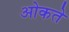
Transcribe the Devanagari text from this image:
ओकते